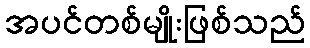
အပင်တစ်မျိုးဖြစ်သည်